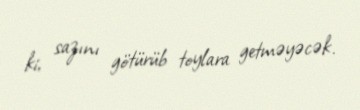
ki, sazını götürüb toylara getməyəcək.